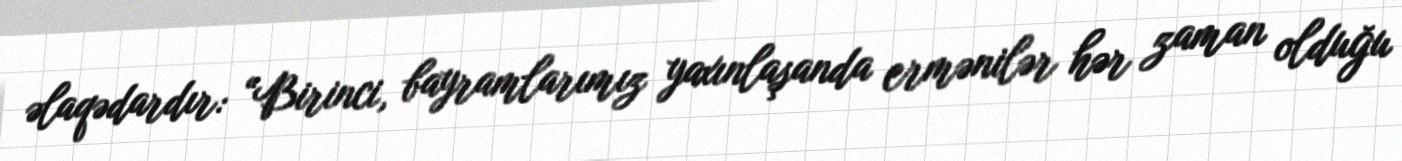
əlaqədardır: “Birinci, bayramlarımız yaxınlaşanda ermənilər hər zaman olduğu